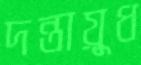
দন্তায়ুধ